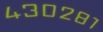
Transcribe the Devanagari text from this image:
४३०२८१